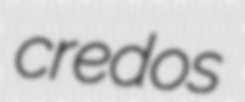
credos